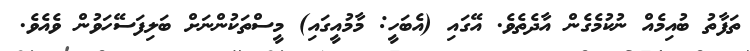
ތަފާތު ބުއިމެއް ނުކުމެގެން އާދެތެވެ. އޭގައި (އެބަހީ: މާމުއީގައި) މީސްތަކުންނަށް ބަލިފަސޭހަވުން ވެއެވެ.